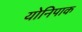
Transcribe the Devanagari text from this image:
योनिपाक